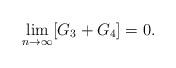
LaTeX: \begin{align*}\lim_{n\rightarrow \infty} [G_3 + G_4] =0.\end{align*}